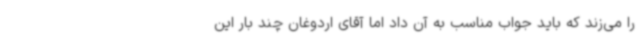
را می‌زند که باید جواب مناسب به آن داد اما آقای اردوغان چند بار این